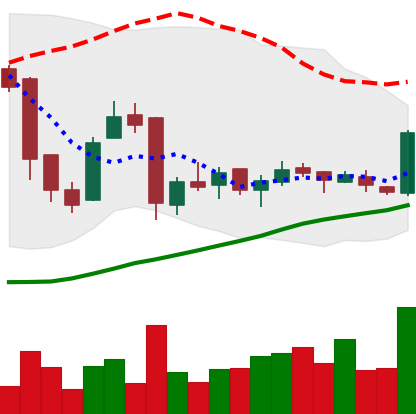
Ticker: LTC-USD
Chart end date: 2016-01-07
Forward return: -3.065%
Label: down_3_5